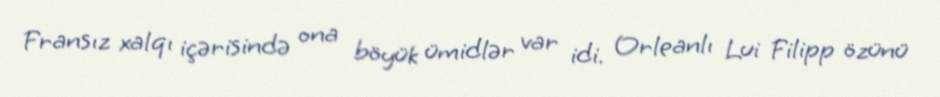
Fransız xalqı içərisində ona böyük ümidlər var idi. Orleanlı Lui Filipp özünü